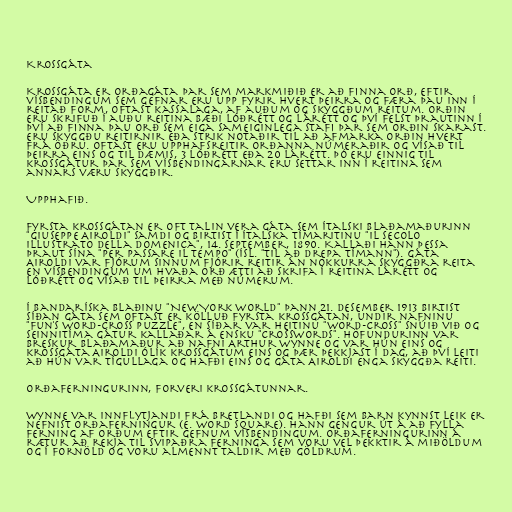
Krossgáta

Krossgáta er orðagáta þar sem markmiðið er að finna orð, eftir
vísbendingum sem gefnar eru upp fyrir hvert þeirra og færa þau inn í
reitað form, oftast kassalaga, af auðum og skyggðum reitum. Orðin
eru skrifuð í auðu reitina bæði lóðrétt og lárétt og því felst þrautinn í
því að finna þau orð sem eiga sameiginlega stafi þar sem orðin skarast.
Eru skyggðu reitirnir eða strik notaðir til að afmarka orðin hvert
frá öðru. Oftast eru upphafsreitir orðanna númeraðir og vísað til
þeirra eins og til dæmis, 3 lóðrétt eða 20 lárétt. Þó eru einnig til
krossgátur þar sem vísbendingarnar eru settar inn í reitina sem
annars væru skyggðir.

Upphafið.

Fyrsta krossgátan er oft talin vera gáta sem Ítalski blaðamaðurinn
"Giuseppe Airoldi" samdi og birtist í Ítalska tímaritinu "Il Secolo
Illustrato della Domenica", 14. september, 1890. Kallaði hann þessa
þraut sína "Per passare il tempo" (ísl. "Til að drepa tímann"). Gáta
Airoldi var fjórum sinnum fjórir reitir án nokkurra skyggðra reita
en vísbendingum um hvaða orð ætti að skrifa í reitina lárétt og
lóðrétt og vísað til þeirra með númerum.

Í bandaríska blaðinu "New York World" þann 21. desember 1913 birtist
síðan gáta sem oftast er kölluð fyrsta krossgátan, undir nafninu
"Fun's Word-Cross puzzle", en síðar var heitinu "Word-Cross" snúið við og
seinnitíma gátur kallaðar á ensku "Crosswords". Höfundurinn var
breskur blaðamaður að nafni Arthur Wynne og var hún eins og
krossgáta Airoldi ólík krossgátum eins og þær þekkjast í dag, að því leiti
að hún var tígullaga og hafði eins og gáta Airoldi enga skyggða reiti.

Orðaferningurinn, forveri krossgátunnar.

Wynne var innflytjandi frá Bretlandi og hafði sem barn kynnst leik er
nefnist orðaferningur (e. word square). Hann gengur út á að fylla
ferning af orðum eftir gefnum vísbendingum. Orðaferningurinn á
rætur að rekja til svipaðra ferninga sem voru vel þekktir á miðöldum
og í fornöld og voru almennt taldir með göldrum.